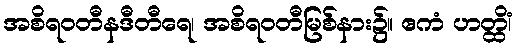
အစိရဝတီနဒီတီရေ၊ အစိရဝတီမြစ်နား၌။ ဧကံ ဟတ္ထိံ၊